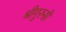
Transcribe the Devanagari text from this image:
श्रीगुरुसी